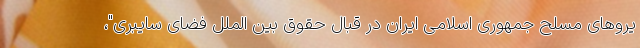
یروهای مسلح جمهوری اسلامی ایران در قبال حقوق بین الملل فضای سایبری"،